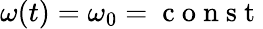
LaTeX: \omega(t)=\omega_{0}=\mathrm{~c~o~n~s~t~}